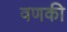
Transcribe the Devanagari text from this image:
वणकी